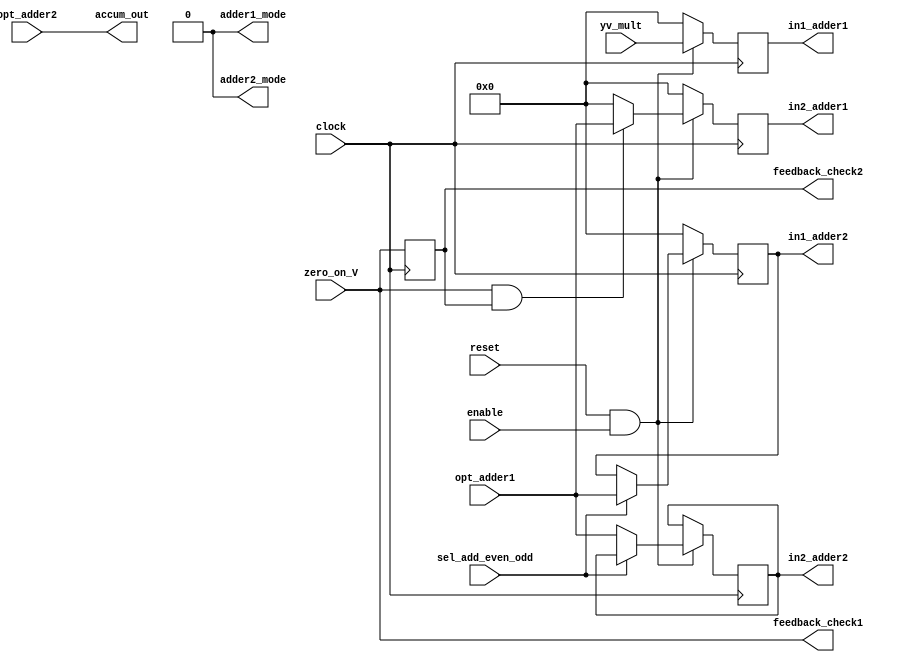

module accumulator(clock,reset,yv_mult,sel_add_even_odd,
	in1_adder1,in2_adder1,in1_adder2,in2_adder2,
	opt_adder1,opt_adder2,
	adder1_mode,adder2_mode,
	accum_out,feedback_check1,feedback_check2,
        enable,zero_on_V        
);

input clock,reset,enable;
input zero_on_V;
input [47:0] yv_mult; //input from multiplier.
output [47:0] accum_out; //final output of accumulated sum.
output  adder1_mode,adder2_mode;

input sel_add_even_odd; //select lines for muxes.

output [47:0] in1_adder1, in2_adder1;//these will have to be sent to adder 1
input  [47:0] opt_adder1;//this be be received from adder 1
reg    [47:0] sum_even,sum_odd;//these will hold input values for adder 2
output [47:0] in1_adder2,in2_adder2;//these will have to be sent to adder 2
input  [47:0] opt_adder2; //this will be received from adder 2
reg    [47:0] in1_adder1_reg,in2_adder1_reg; //registers to give input to adder 1
output reg feedback_check2;
output wire feedback_check1;
wire sel_feedback_or_0;


always@(posedge clock)
	begin
//	if(sel_valueofmult_or_0)
        if(~(reset&enable))
        begin
           in1_adder1_reg<= 48'h0;
        end
        else
        begin
	   in1_adder1_reg<=yv_mult;
        end
//	else 
//	in1_adder1_reg<=48'b0;
	end

always@(posedge clock)
	begin
        if(~(reset&enable))
        begin
           in2_adder1_reg<= 48'h0;
        end
        else
        begin
	   if(sel_feedback_or_0)
	      in2_adder1_reg<=opt_adder1;
	   else
	      in2_adder1_reg<=48'b0;
	   end
        end

always@(posedge clock)
	begin
        if(~(reset&enable))
        begin
	    sum_even<=48'h0;
        end
        else
        begin
	   if(sel_add_even_odd)
	      sum_even<=opt_adder1;
	   else
	      sum_odd<=opt_adder1;
	   end
        end

assign feedback_check1=zero_on_V;
always@(posedge clock)
feedback_check2<=feedback_check1;

assign sel_feedback_or_0= feedback_check1&feedback_check2;



assign adder1_mode=1'b0;
assign adder2_mode=1'b0;
assign in1_adder1=in1_adder1_reg;
assign in2_adder1=in2_adder1_reg;
assign in1_adder2=sum_even;
assign in2_adder2=sum_odd;
assign accum_out=opt_adder2;
 
//remove the following later



endmodule